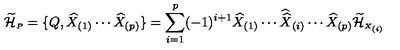
\widetilde { \cal H } _ { \scriptscriptstyle P } = \{ Q , \widehat { X } _ { ( 1 ) } \cdots \widehat { X } _ { ( p ) } \} = \sum _ { i = 1 } ^ { p } ( - 1 ) ^ { i + 1 } \widehat { X } _ { ( 1 ) } \cdots { \widehat { \widehat X } } _ { ( i ) } \cdots \widehat { X } _ { ( p ) } \widetilde { \cal H } _ { \scriptscriptstyle X _ { ( i ) } }